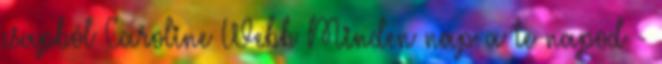
csapból Caroline Webb Minden nap a te napod -